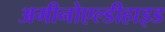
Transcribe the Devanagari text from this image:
अमीनोएल्डीहाइड